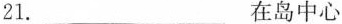
21. ___在岛中心